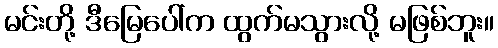
မင်းတို့ ဒီမြေပေါ်က ထွက်မသွားလို့ မဖြစ်ဘူး။